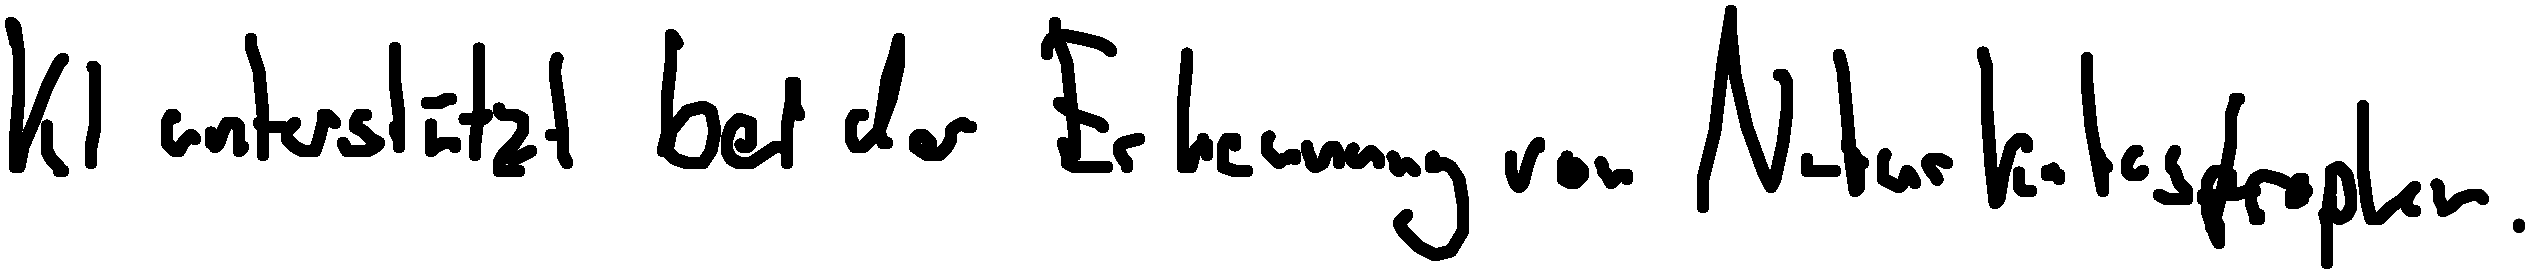
KI unterstützt bei der Erkennung von Naturkatastrophen.